Subject: stat
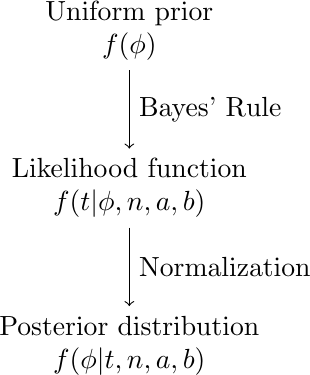
LaTeX code:
      \begin{tikzpicture}[node distance=2cm, auto]
        \node (prior) [align=center] {Uniform prior \\ $f(\phi)$};
        \node (likelihood) [below of=prior, align=center] {Likelihood function\\ $f(t|\phi, n,a, b)$};
        \node (posterior) [below of=likelihood, align=center] {Posterior distribution \\ $f(\phi|t, n, a, b)$};
        \draw[->] (prior) -- (likelihood) node[midway, right] {Bayes' Rule};
        \draw[->] (likelihood) -- (posterior) node[midway, right] {Normalization};
      \end{tikzpicture}